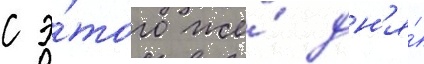
с э́того же́ дн'я́